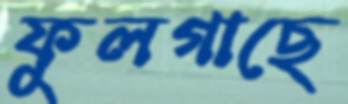
ফুলগাছে